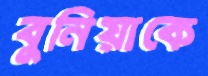
বুনিয়াকে